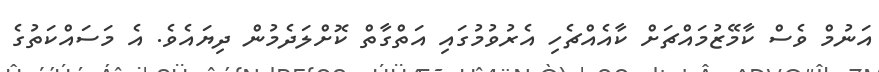
އަނުމް ވެސް ކާމޭޒުމައްޗަށް ކާއެއްޗެހި އެރުވުމުގައި އަތްގާތް ކޮށްލަދެމުން ދިޔައެވެ. އެ މަސައްކަތުގެ